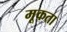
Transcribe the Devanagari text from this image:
मूकता